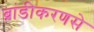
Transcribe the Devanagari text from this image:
ब्रांडीकरणसे